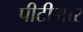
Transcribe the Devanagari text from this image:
पीटीआर